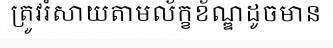
ត្រូវរំសាយតាមល័ក្ខខ័ណ្ឌដូចមាន